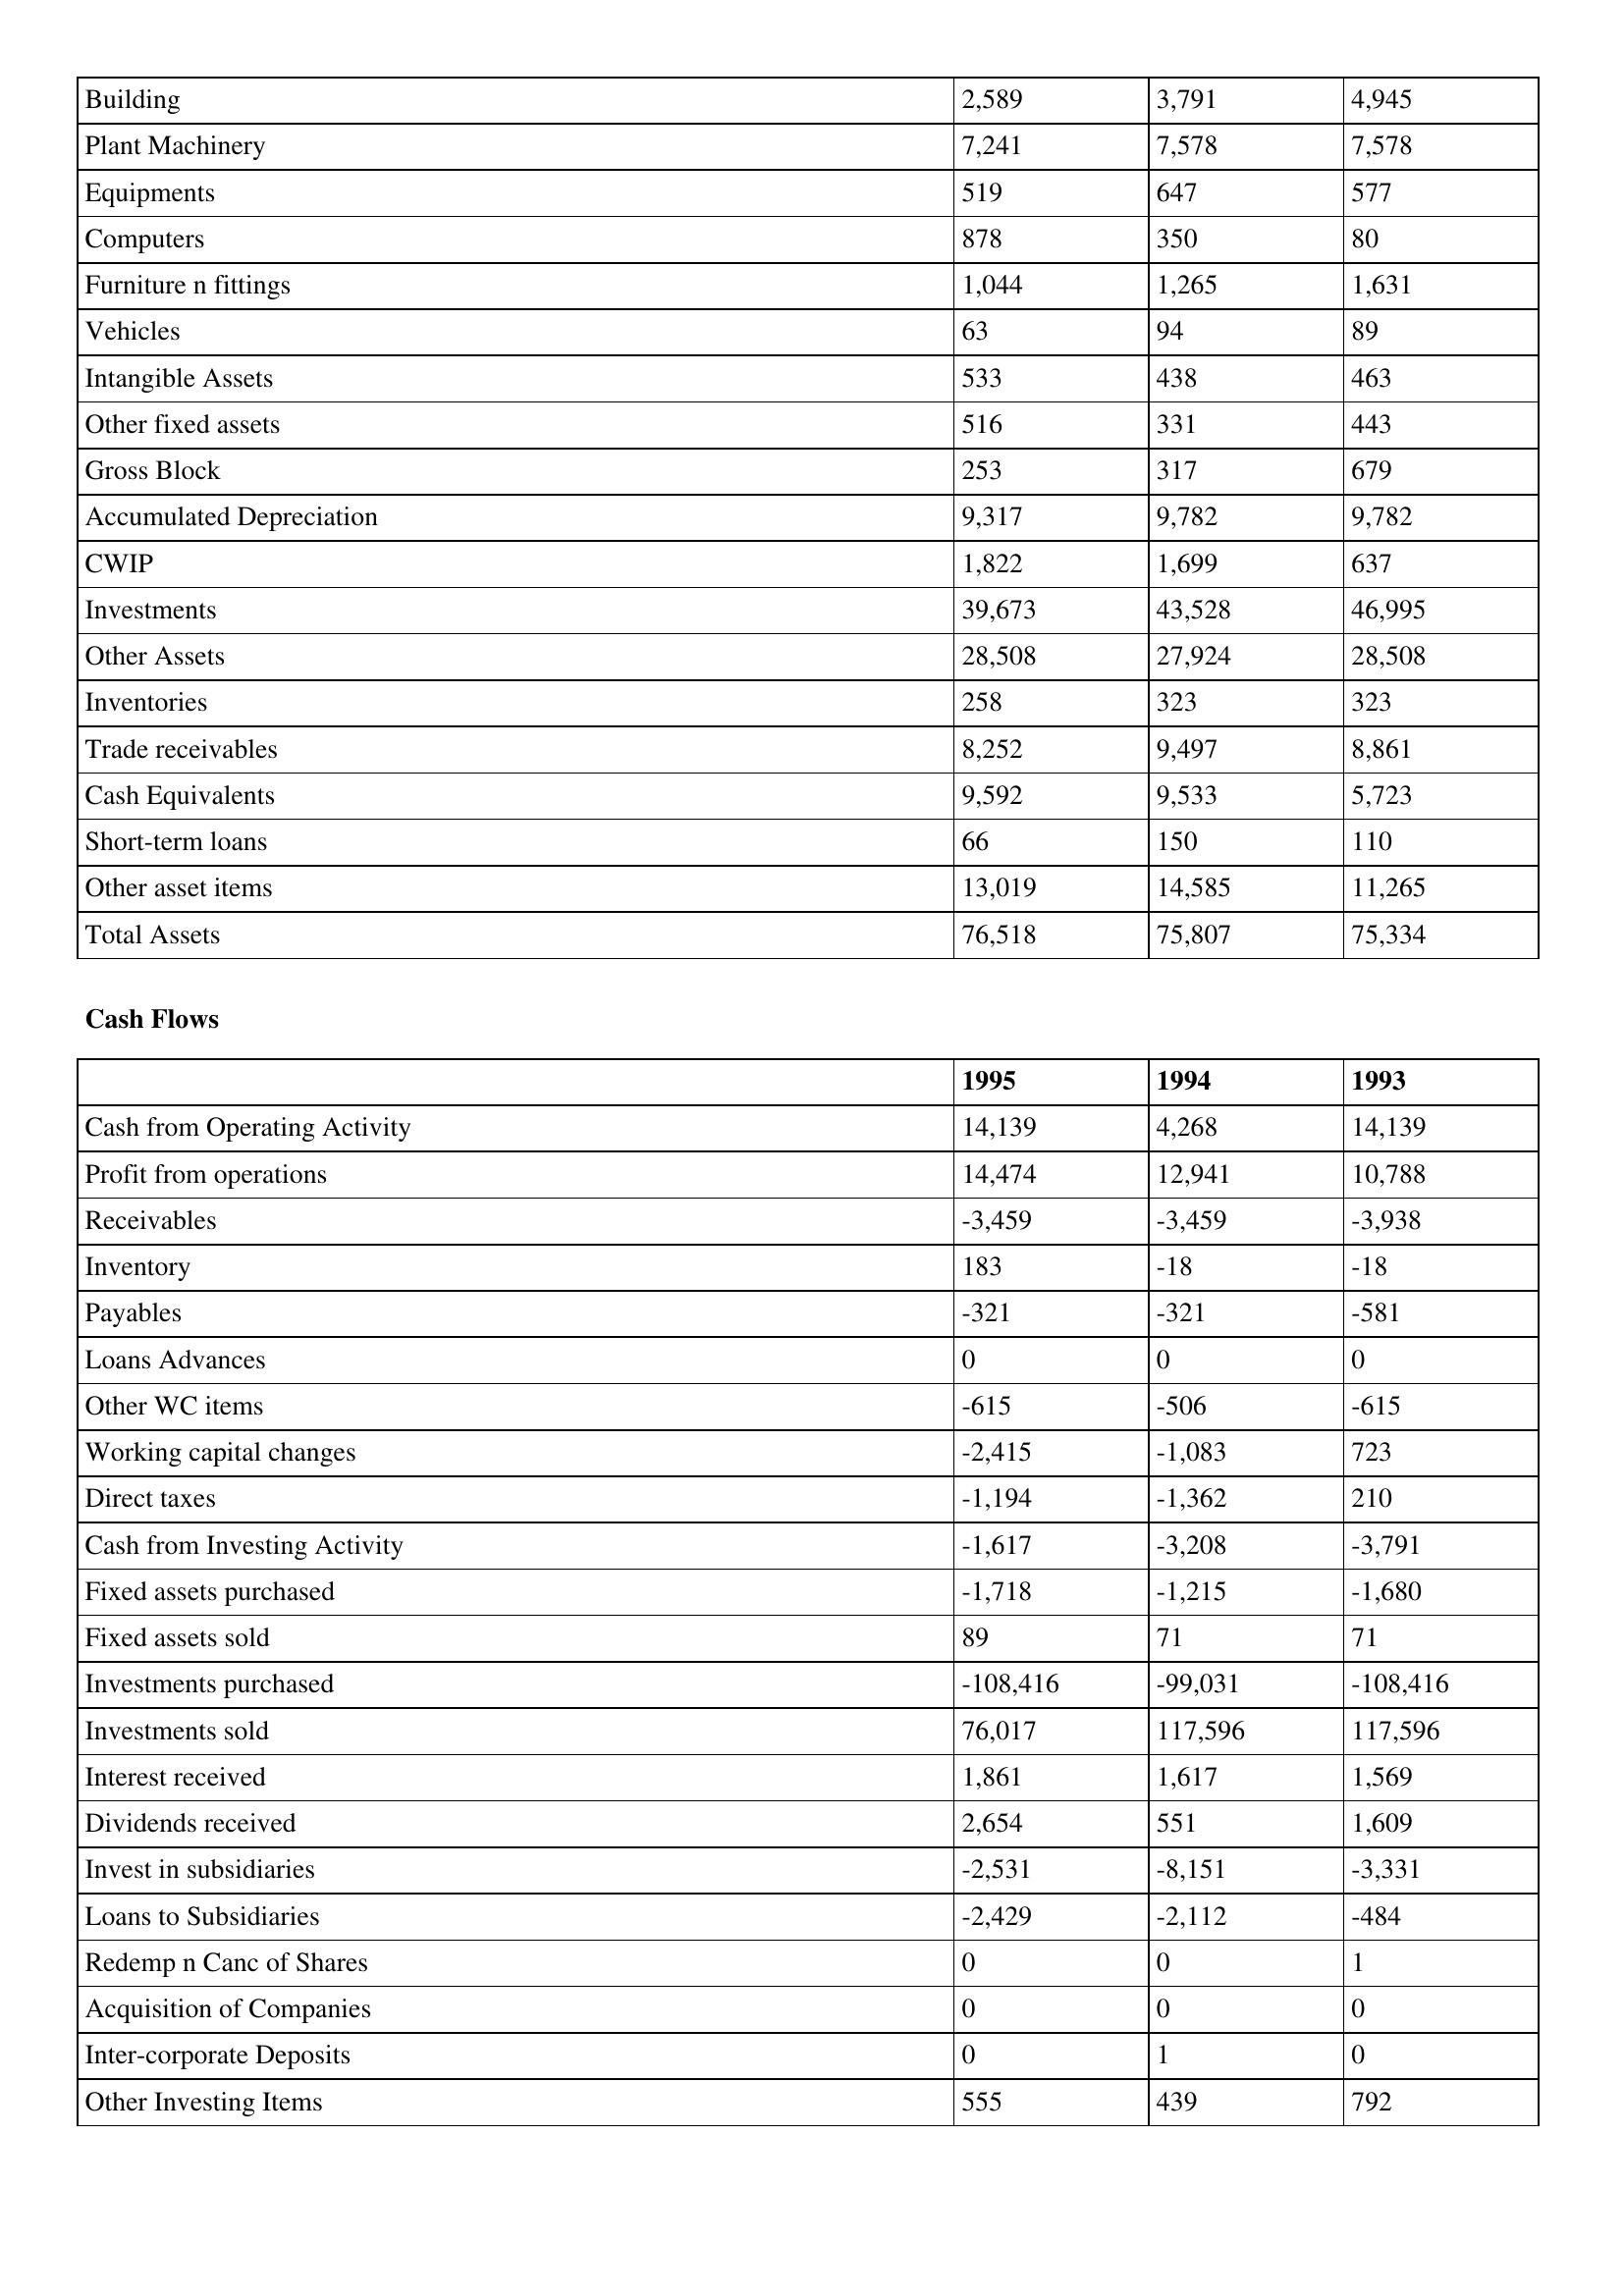
gt_parse: 1995: Balance Sheet: Building: 2,589
Plant Machinery: 7,241
Equipments: 519
Computers: 878
Furniture n fittings: 1,044
Vehicles: 63
Intangible Assets: 533
Other fixed assets: 516
Gross Block: 253
Accumulated Depreciation: 9,317
CWIP: 1,822
Investments: 39,673
Other Assets: 28,508
Inventories: 258
Trade receivables: 8,252
Cash Equivalents: 9,592
Short-term loans: 66
Other asset items: 13,019
Total Assets: 76,518
Cash Flows: Cash from Operating Activity: 14,139
Profit from operations: 14,474
Receivables: -3,459
Inventory: 183
Payables: -321
Loans Advances: 0
Other WC items: -615
Working capital changes: -2,415
Direct taxes: -1,194
Cash from Investing Activity: -1,617
Fixed assets purchased: -1,718
Fixed assets sold: 89
Investments purchased: -108,416
Investments sold: 76,017
Interest received: 1,861
Dividends received: 2,654
Invest in subsidiaries: -2,531
Loans to Subsidiaries: -2,429
Redemp n Canc of Shares: 0
Acquisition of Companies: 0
Inter-corporate Deposits: 0
Other Investing Items: 555
1994: Balance Sheet: Building: 3,791
Plant Machinery: 7,578
Equipments: 647
Computers: 350
Furniture n fittings: 1,265
Vehicles: 94
Intangible Assets: 438
Other fixed assets: 331
Gross Block: 317
Accumulated Depreciation: 9,782
CWIP: 1,699
Investments: 43,528
Other Assets: 27,924
Inventories: 323
Trade receivables: 9,497
Cash Equivalents: 9,533
Short-term loans: 150
Other asset items: 14,585
Total Assets: 75,807
Cash Flows: Cash from Operating Activity: 4,268
Profit from operations: 12,941
Receivables: -3,459
Inventory: -18
Payables: -321
Loans Advances: 0
Other WC items: -506
Working capital changes: -1,083
Direct taxes: -1,362
Cash from Investing Activity: -3,208
Fixed assets purchased: -1,215
Fixed assets sold: 71
Investments purchased: -99,031
Investments sold: 117,596
Interest received: 1,617
Dividends received: 551
Invest in subsidiaries: -8,151
Loans to Subsidiaries: -2,112
Redemp n Canc of Shares: 0
Acquisition of Companies: 0
Inter-corporate Deposits: 1
Other Investing Items: 439
1993: Balance Sheet: Building: 4,945
Plant Machinery: 7,578
Equipments: 577
Computers: 80
Furniture n fittings: 1,631
Vehicles: 89
Intangible Assets: 463
Other fixed assets: 443
Gross Block: 679
Accumulated Depreciation: 9,782
CWIP: 637
Investments: 46,995
Other Assets: 28,508
Inventories: 323
Trade receivables: 8,861
Cash Equivalents: 5,723
Short-term loans: 110
Other asset items: 11,265
Total Assets: 75,334
Cash Flows: Cash from Operating Activity: 14,139
Profit from operations: 10,788
Receivables: -3,938
Inventory: -18
Payables: -581
Loans Advances: 0
Other WC items: -615
Working capital changes: 723
Direct taxes: 210
Cash from Investing Activity: -3,791
Fixed assets purchased: -1,680
Fixed assets sold: 71
Investments purchased: -108,416
Investments sold: 117,596
Interest received: 1,569
Dividends received: 1,609
Invest in subsidiaries: -3,331
Loans to Subsidiaries: -484
Redemp n Canc of Shares: 1
Acquisition of Companies: 0
Inter-corporate Deposits: 0
Other Investing Items: 792